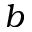
b